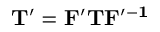
\mathbf { T ^ { \prime } } = \mathbf { F ^ { \prime } } \mathbf { T } \mathbf { F ^ { \prime - 1 } }